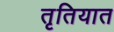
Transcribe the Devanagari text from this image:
तृतियात